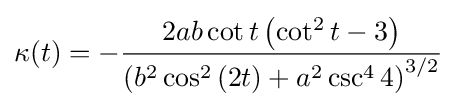
\kappa (t)=-{\frac {2ab\cot t\left(\cot ^{2}t-3\right)}{\left(b^{2}\cos ^{2}\left(2t\right)+a^{2}\csc ^{4}4\right)^{3/2}}}